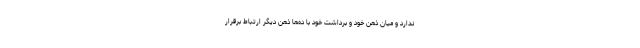
ندارد و میان ذهن خود و برداشت خود با ده‌­ها ذهن دیگر ارتباط برقرار